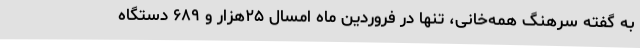
به گفته سرهنگ همه‌خانی، تنها در فروردین ماه امسال ۲۵هزار و ۶۸۹ دستگاه